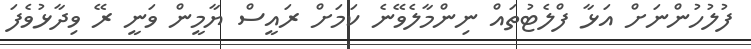
ފުލުހުންނަށް އަޅާ ފްލެޓުތައް ނިންމާލެވޭނެ ކަމަށް ރައީސް ޔާމީން ވަނީ ރޭ ވިދާޅުވެފަ